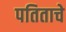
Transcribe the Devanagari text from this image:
पतिताचे